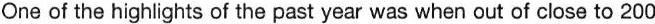
One of the highlights of the past year was when out of close to 200